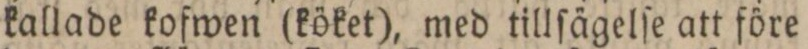
kallade kofwen (köket), med tillſägelſe att före